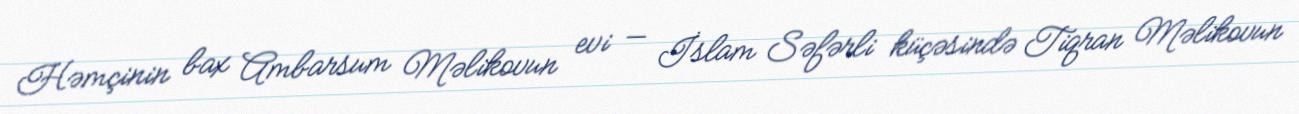
Həmçinin bax Ambarsum Məlikovun evi — İslam Səfərli küçəsində Tiqran Məlikovun